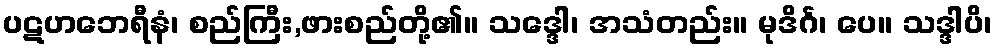
ပဋဟဘေရီနံ၊ စည်ကြီး,ဖားစည်တို့၏။ သဒ္ဒေါ၊ အသံတည်း။ မုဒိင်္ဂ၊ ပေ။ သဒ္ဒါပိ၊